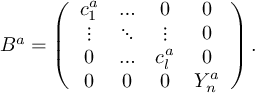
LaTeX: B ^ { a } = \left( \begin{array} { c c c c } { { c _ { 1 } ^ { a } } } & { { \ldots } } & { { 0 } } & { { 0 } } \\ { { \vdots } } & { { \ddots } } & { { \vdots } } & { { 0 } } \\ { { 0 } } & { { \ldots } } & { { c _ { l } ^ { a } } } & { { 0 } } \\ { { 0 } } & { { 0 } } & { { 0 } } & { { Y _ { n } ^ { a } } } \end{array} \right) .